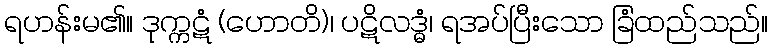
ရဟန်းမ၏။ ဒုက္ကဋံ (ဟောတိ)၊ ပဋိလဒ္ဓံ၊ ရအပ်ပြီးသော ခြံထည်သည်။